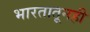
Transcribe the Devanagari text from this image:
भारतातूनही